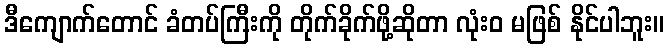
ဒီကျောက်တောင် ခံတပ်ကြီးကို တိုက်ခိုက်ဖို့ဆိုတာ လုံးဝ မဖြစ် နိုင်ပါဘူး။